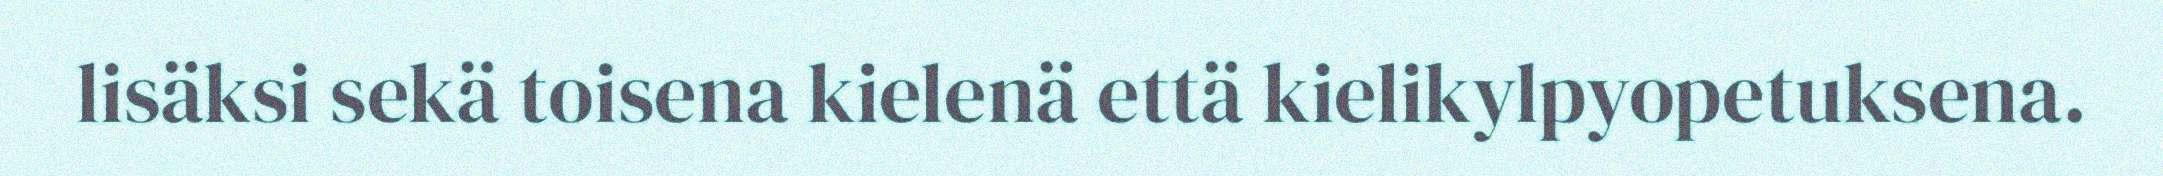
lisäksi sekä toisena kielenä että kielikylpyopetuksena.